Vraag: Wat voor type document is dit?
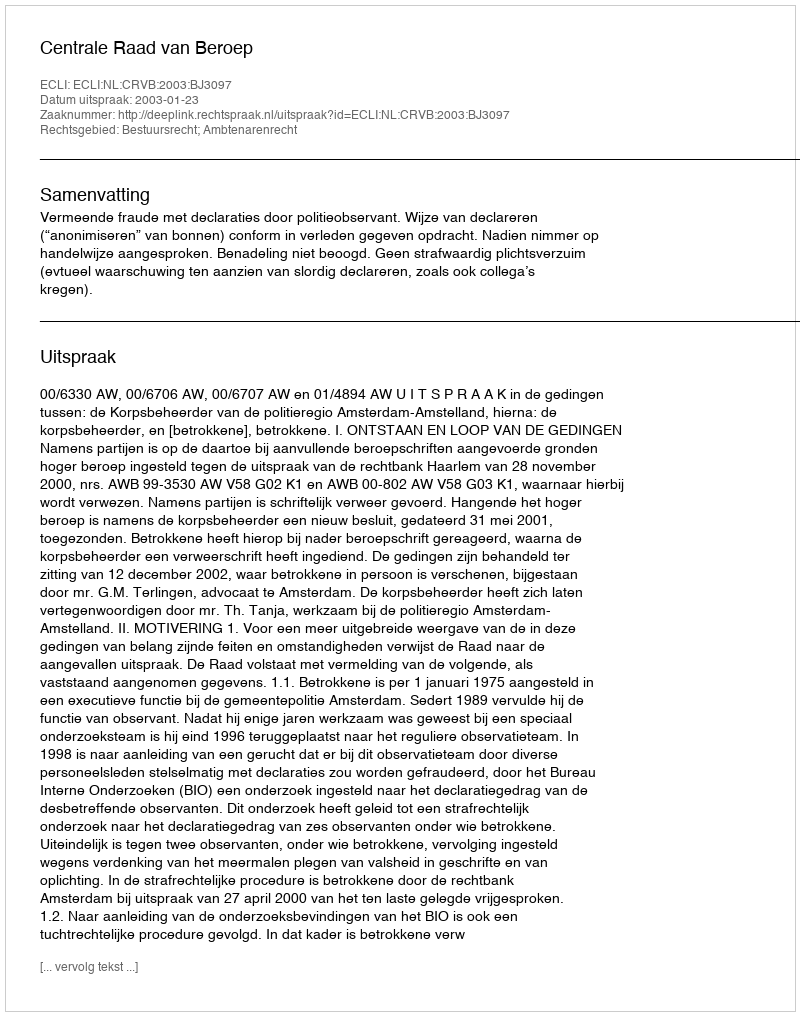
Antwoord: Uitspraak